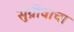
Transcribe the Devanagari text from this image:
सुग्रीवाचा